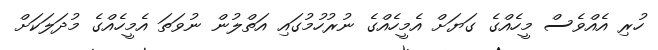
ހުރި އެއްވެސް މީހެއްގެ ގަޔަށް އެމީހެއްގެ ނުރުހުމުގައި އަތްލުން ނުވަތަ އެމީހެއްގެ މުދަލަކަށް